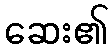
ဆေး၏